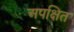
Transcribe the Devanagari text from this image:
अपक्षित